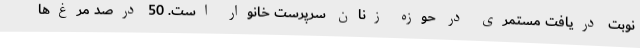
نوبت دریافت مستمری در حوزه زنان سرپرست خانوار است. 50 درصد مرغ‌ها